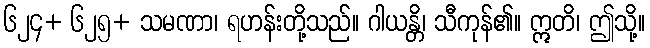
၆၂၄+ ၆၂၅+ သမဏာ၊ ရဟန်းတို့သည်။ ဂါယန္တိ၊ သီကုန်၏။ ဣတိ၊ ဤသို့။